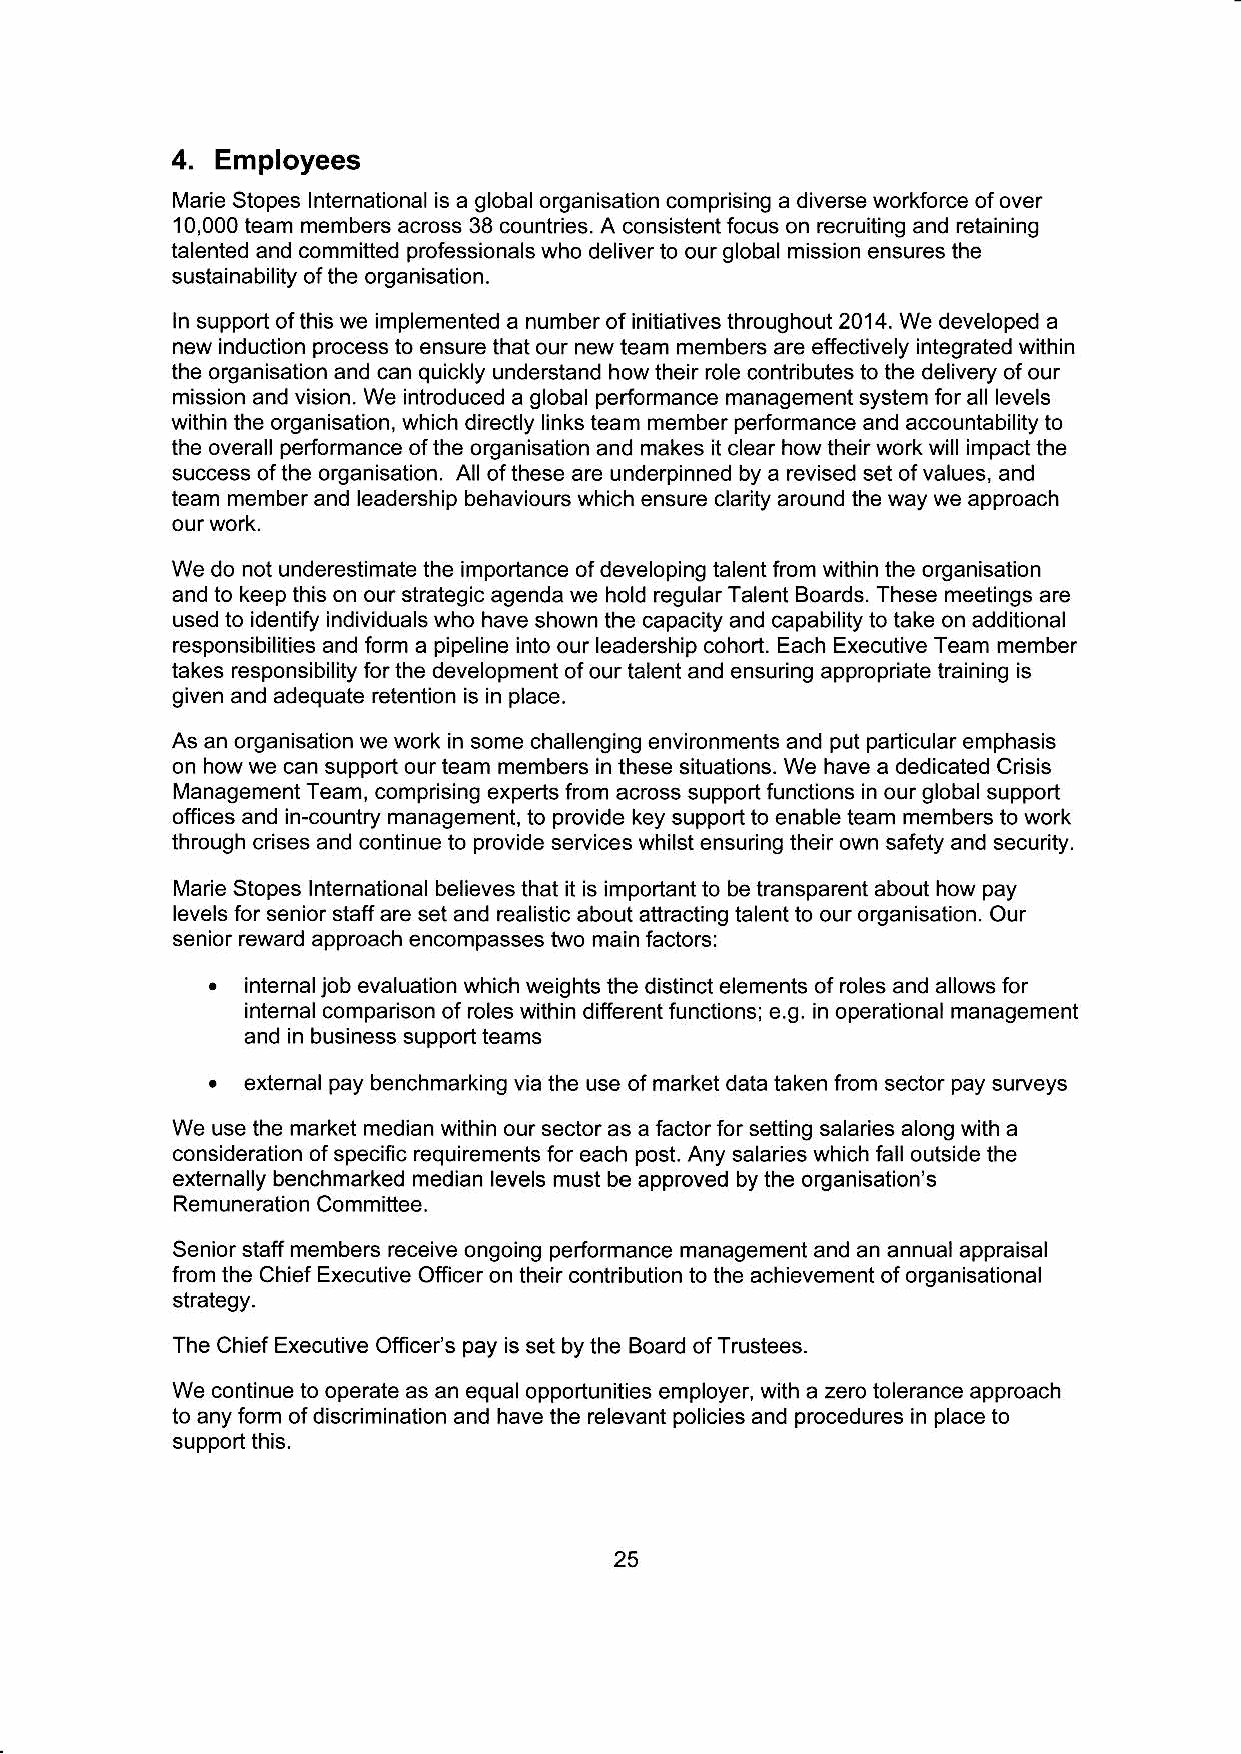
4.
 Employees
 Marie Stopes lnternational is a global organisation comprising a diverse workforce of over
 10,000 team members ac.oss 38 countries. A consistent focus on recruiting and retaining
 talented and committed professionals who deliver to our global mission ensures the
 sustainability of the organisation.
 ln suppod of this we implemented a number of initiatives throughout 20'14. We developed a
 new induction process to ensure that our new team members are effectively integrated within
 the organisation 6nd can quickly understand how their role contributes to the delivery of our
 mission and vision. We introduced a global performance management system for all levels
 within the organisation, which directly links team member performance and accountability to
 the ovemll performance ofthe organisation and makes it clear howtheirwork will impact the
 success ofthe organisation. All ofthese are underpinned by a revised set ofvalues, and
 team member and leadership behaviours which ensure clarity around the way we approach
 our work.
 We do not underostimate the importance ofdeveloping talent from within the organisation
 and to keep this on our strategic agenda we hold regular Talent Boards. These meetings are
 used to identily individuals who have shown the capacity and capability to take on additional
 responsibilities and form a pipeline into our leadership cohort. Each Executive Team member
 takes responsibility for the development ofour talent and ensuring appropriate training is
 given and adequate retention is in place.
 As an organisation we work in some challenging environments and put particular emphasis
 on how we can support our team members in these situations. We have a dedicated Crisis
 Management Team, comprising experts from across support functions in our global support
 offices and in-country management, to provide key support to enable team members to work
 through crises and continue to provide services whilst ensuring their own safety and security.
 l\,4arie Stopes lnternational believes that it is important to be transparent about how pay
 levels lor senior staff are set and realistic about attracting talent to our organisation. Our
 senior reward approach encompasses two main factors:
 .
 internaljob evaluation which weights the distinct elements of roles and allows for
 internal comparison of roles within different functions; e.g. in operational management
 and in buslness support teams
 .
 external pay benchmarking via the use of market data taken from sector pay surveys
 We use the market median within our sector as a factor for setting salaries along with a
 consideration of specific requirements for each post. Any salaries which fall outside the
 externally benchmarked median levels must be approved by the organisation's
 Remuneration Committee.
 Senior staff members receive ongoing performance management and an annual appraisa,
 lrom the Chief Executive Officer on their contribution to the achievement of organisational
 strategy.
 The Chief Executive Officels pay is set by the Board ofTrustees.
 We continue to operate as an equal opportunities employer, with a zero tolerance approach
 to any form of discrimination and have the relevant policies and procedures in place to
 support this.
 25